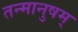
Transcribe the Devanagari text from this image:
तन्मानुषम्